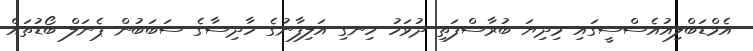
އެމްޑަބްލިއުއެސްސީގައި މިދިޔަ ބުރާސްފަތި ދުވަހު ހިނގި އަލިފާނުގެ ހާދިސާގެ ސަބަބުން ޕެނަލް ބޯޑުތައް